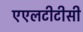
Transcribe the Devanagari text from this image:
एएलटीटीसी